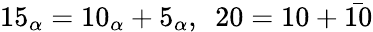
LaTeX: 15_{\alpha}=10_{\alpha}+5_{\alpha},~~20=10+\bar{10}